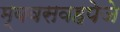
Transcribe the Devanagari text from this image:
म्बवसवहपेजे